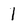
Character: 1